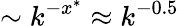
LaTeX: \sim k^{-x^{*}}\approx k^{-0.5}